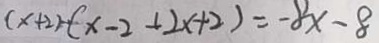
( x + 2 ) - ( x - 2 + 2 x + 2 ) = - 8 x - 8